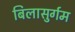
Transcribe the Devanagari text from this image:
बिलासुर्गम